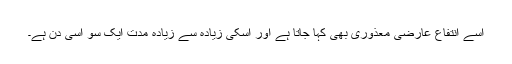
اسے انتفاع عارضی معذوری بھی کہا جاتا ہے اور اسکی زیادہ سے زیادہ مدت ایک سو اسی دن ہے۔